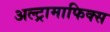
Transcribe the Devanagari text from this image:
अल्ट्रामाफिक्स